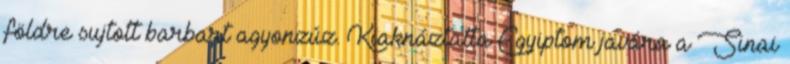
földre sujtott barbart agyonzúz. Kiaknáztatta Egyiptom javára a Sinai